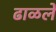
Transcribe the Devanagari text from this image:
ढाळले